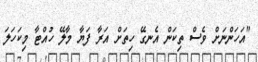
"އަހަންނަށް ވެސް ތިކަން އެނގޭ ހިތަށް އަރާ ފަޔާ މާލޭ ހުއްޓާ މިކަހަލަ